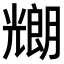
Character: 𠓇